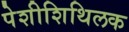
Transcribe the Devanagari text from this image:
पेशीशिथिलक